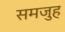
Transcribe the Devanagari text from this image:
समजुह